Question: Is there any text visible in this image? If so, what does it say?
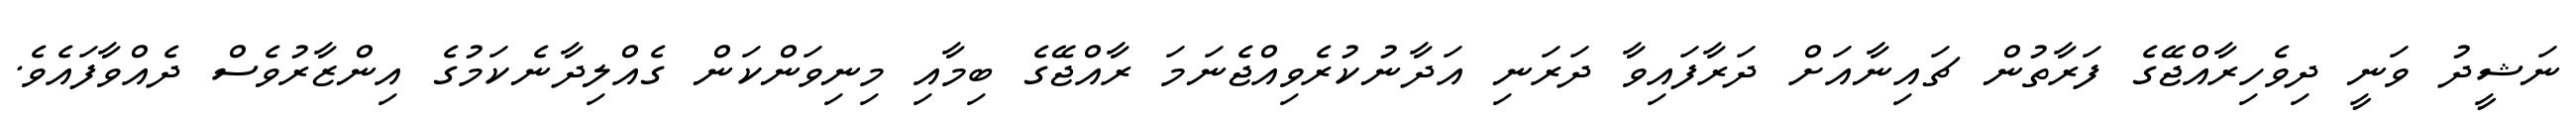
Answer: ނަޝީދު ވަނީ ދިވެހިރާއްޖޭގެ ފަރާތުން ޗައިނާއަށް ދަރާފައިވާ ދަރަނި އަދާނުކުރެވިއްޖެނަމަ ރާއްޖޭގެ ބިމާއި މިނިވަންކަން ގެއްލިދާނެކަމުގެ އިންޒާރުވެސް ދެއްވާފައެވެ.